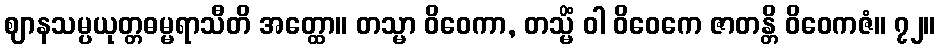
ဈာနသမ္ပယုတ္တဓမ္မရာသီတိ အတ္ထော။ တသ္မာ ဝိဝေကာ, တသ္မိံ ဝါ ဝိဝေကေ ဇာတန္တိ ဝိဝေကဇံ။ ၇၂။